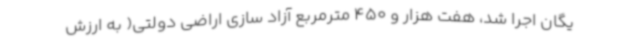
یگان اجرا شد، هفت هزار و 450 مترمربع آزاد سازی اراضی دولتی( به ارزش